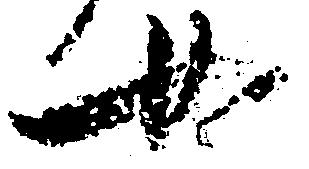
女